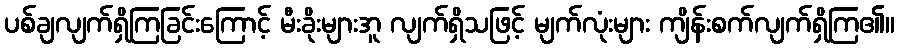
ပစ်ချလျက်ရှိကြခြင်းကြောင့် မီးခိုးများအူ လျက်ရှိသဖြင့် မျက်လုံးများ ကျိန်းစက်လျက်ရှိကြ၏။